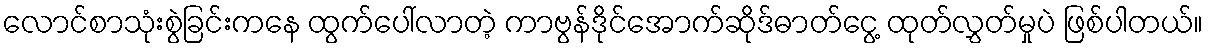
လောင်စာသုံးစွဲခြင်းကနေ ထွက်ပေါ်လာတဲ့ ကာဗွန်ဒိုင်အောက်ဆိုဒ်ဓာတ်ငွေ့ ထုတ်လွှတ်မှုပဲ ဖြစ်ပါတယ်။